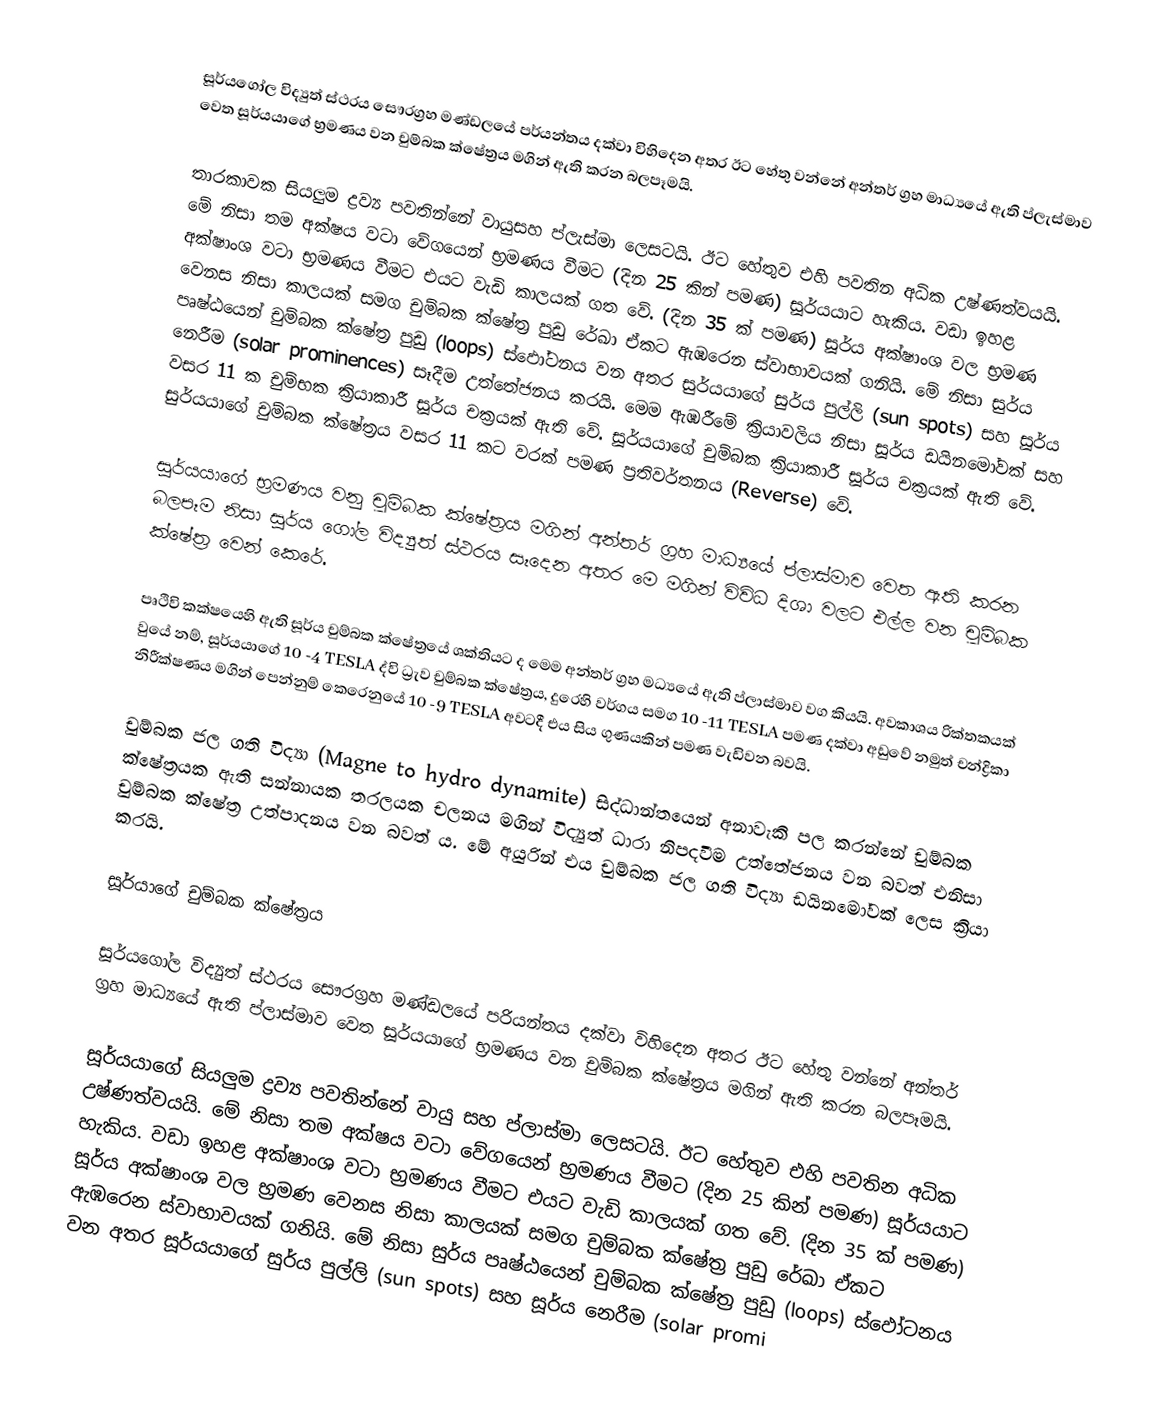
සූර්යගෝල විද්‍යුත් ස්ථරය සෞරග්‍රහ මණ්ඩලයේ පර්යන්තය දක්වා විහිදෙන අතර ඊට හේතු වන්නේ අන්තර් ග්‍රහ මාධ්‍යයේ ඇති ප්ලැස්මාව වෙත ‍සූර්යයාගේ භ්‍රමණය වන චුම්බක ක්ෂේත්‍රය මගින් ඇති කරන බලපෑමයි.

තාරකාවක සියලුම ද්‍රව්‍ය පවතින්නේ වායුසහ ප්ලැස්මා ලෙසටයි. ඊට හේතුව එහි පවතින අධික උෂ්ණත්වයයි. මේ නිසා තම අක්ෂය වටා වේගයෙන් භ්‍රමණය වීමට (දින 25 කින් පමණ) සූර්යයාට හැකිය. වඩා ඉහළ අක්ෂාංශ වටා භ්‍රමණය වීමට එයට වැඩි කාලයක් ගත වේ. (දින 35 ක් පමණ) සූර්ය අක්ෂාංශ වල භ්‍රමණ වෙනස නිසා කාලයක් සමග චුම්බක ක්ෂේත්‍ර පුඩු රේඛා ඒකට ඇඹරෙන ස්වාභාවයක් ගනියි. මේ නිසා සුර්ය පෘෂ්ඨයෙන් චුම්බක ක්ෂේත්‍ර පුඩු (loops) ස්ඵෝටනය වන අතර සුර්යයාගේ සුර්ය පුල්ලි (sun spots) සහ සූර්ය නෙරීම (solar prominences) සෑදීම උත්තේජනය කරයි. මෙම ඇඹරීමේ ක්‍රියාවලිය නිසා සූර්ය ඩයින‍මෝවක් සහ වසර 11 ක චුම්භක ක්‍රියාකාරී සූර්ය චක්‍රයක් ඇති වේ. සූර්යයාගේ චුම්බක ක්‍රියාකාරී සූර්ය චක්‍රයක් ඇති වේ. සුර්යයාගේ චුම්බක ක්ෂේත්‍රය වසර 11 කට වරක් පමණ ප්‍රතිවර්තනය (Reverse) වේ.

සූර්යයාගේ භ්‍රමණය වනු චුම්බක ක්ෂේත්‍රය මගින් අන්තර් ග්‍රහ මාධ්‍යයේ ප්ලාස්මාව වෙත ඇති කරන බලපෑම නිසා සූර්ය ගෝල විද්‍යුත් ස්ථරය සෑදෙන අතර මෙ මගින් විවිධ දිශා වලට එල්ල වන චුම්බක ක්ෂේත්‍ර වෙන් කෙරේ.

පෘථිවි කක්ෂයෙහි ඇති සූර්ය චුම්බක ක්ෂේත්‍රයේ ශක්තියට ද මෙම අන්තර් ග්‍රහ මධ්‍යයේ ඇති ප්ලාස්මාව වග කියයි. අවකාශය රික්තකයක් වුයේ නම්, සූර්යයාගේ 10 -4 TESLA ද්වි ධ්‍රැව චුම්බක ක්ෂේත්‍ර‍ය, දුරෙහි වර්ගය සමග 10 -11 TESLA පමණ දක්වා අඩුවේ නමුත් චන්ද්‍රිකා නිරීක්ෂණය මගින් පෙන්නුම් කෙරෙනුයේ 10 -9 TESLA අවටදී එය සිය ගුණයකින් පමණ වැඩිවන බවයි.

චුම්බක ජල ගති විද්‍යා (Magne to hydro dynamite) සිද්ධාන්තයෙන් අනාවැකි පල කරන්නේ චුම්බක ක්ෂේත්‍රයක ඇති සන්නායක තරලයක චලනය මගින් විද්‍යුත් ධාරා නිපදවීම උත්තේජනය වන බවත් එනිසා චුම්බක ක්ෂේත්‍ර උත්පාදනය වන බවත් ය. මේ අයුරින් එය චුම්බක ජල ගති විද්‍යා ඩයින‍මෝවක් ලෙස ක්‍රියා කරයි.

සූර්යාගේ චුම්බක ක්ෂේත්‍රය

සූර්යගෝල විද්‍යුත් ස්ථරය සෞරග්‍රහ මණ්ඩලයේ පරියන්තය දක්වා විහිදෙන අතර ඊට හේතු වන්නේ අන්තර් ග්‍රහ මාධ්‍යයේ ඇති ප්ලාස්මාව වෙත ‍සූර්යයාගේ භ්‍රමණය වන චුම්බක ක්ෂේත්‍රය මගින් ඇති කරන බලපෑමයි.

සූර්යයාගේ සියලුම ද්‍රව්‍ය පවතින්නේ වායු සහ ප්ලාස්මා ලෙසටයි. ඊට හේතුව එහි පවතින අධික උෂ්ණත්වයයි. මේ නිසා තම අක්ෂය වටා වේගයෙන් භ්‍රමණය වීමට (දින 25 කින් පමණ) සූර්යයාට හැකිය. වඩා ඉහළ අක්ෂාංශ වටා භ්‍රමණය වීමට එයට වැඩි කාලයක් ගත වේ. (දින 35 ක් පමණ) සූර්ය අක්ෂාංශ වල භ්‍රමණ වෙනස නිසා කාලයක් සමග චුම්බක ක්ෂේත්‍ර පුඩු රේඛා ඒකට ඇඹරෙන ස්වාභාවයක් ගනියි. මේ නිසා සුර්ය පෘෂ්ඨයෙන් චුම්බක ක්ෂේත්‍ර පුඩු (loops) ස්ඵෝටනය වන අතර සූර්යයාගේ සුර්ය පුල්ලි (sun spots) සහ සූර්ය නෙරීම (solar promi